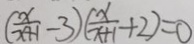
( \frac { x } { x + 1 } - 3 ) ( \frac { x } { x + 1 } + 2 ) = 0